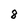
Character: 8